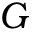
\boldsymbol { G }